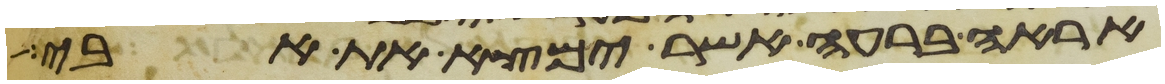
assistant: אראה ברעה אשר ימצא את אבי